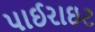
પાઈરાઇટ